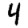
Digit: 4